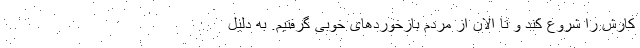
کارش را شروع کند و تا الان از مردم بازخورد‌های خوبی گرفتیم. به دلیل